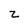
Character: z